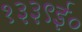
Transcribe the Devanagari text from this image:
१३३९ई०